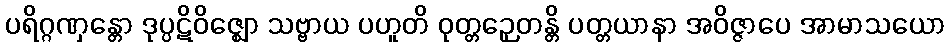
ပရိဂ္ဂဏှန္တော ဒုပ္ပဋိဝိဇ္ဈော သဗ္ဗာယ ပဟူတိ ဝုတ္တဉှေတန္တိ ပတ္တယာနာ အဝိဇ္ဇာပေ အာမာသယော